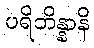
ပရိဘိန္နာနိ